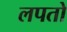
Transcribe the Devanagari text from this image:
लपतो